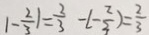
\vert - \frac { 2 } { 3 } \vert = \frac { 2 } { 3 } - ( - \frac { 2 } { 3 } ) = \frac { 2 } { 3 }